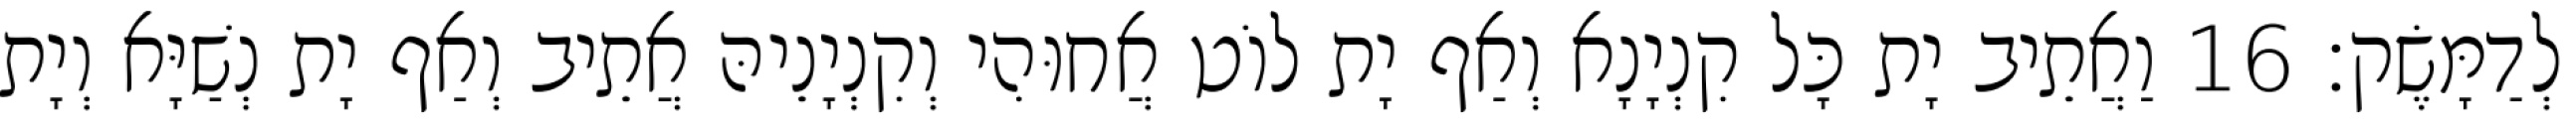
לְדַמָּשֶׂק׃ 16 וַאֲתֵיב יָת כָּל קִנְיָנָא וְאַף יָת לוֹט אֲחוּהִי וְקִנְיָנֵיהּ אֲתֵיב וְאַף יָת נְשַׁיָּא וְיָת